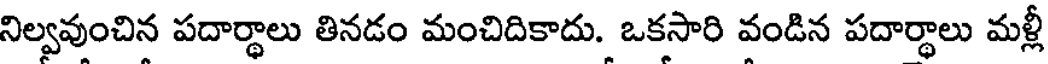
నిల్వవుంచిన పదార్థాలు తినడం మంచిదికాదు. ఒకసారి వండిన పదార్థాలు మళ్లీ